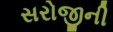
સરોજીની